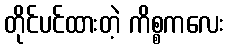
တိုင်ပင်ထားတဲ့ ကိစ္စကလေး